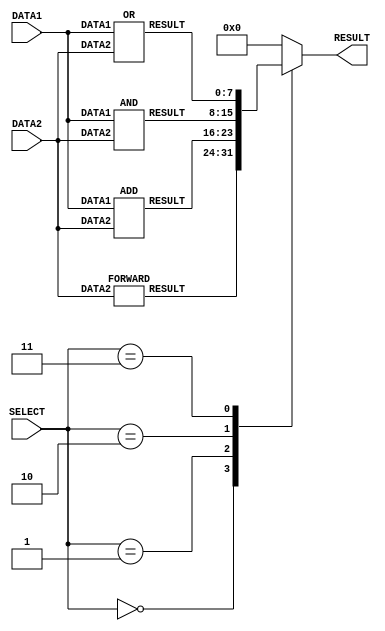
/*
    Lab05-Building A Simple Processor Part 1
    Group-26 (E/18/245,E/18/017)
*/

/***********ALU******************/
module alu(DATA1,DATA2,RESULT,SELECT);
    input [7:0] DATA1;//OPERAND1
    input [7:0] DATA2;//OPERAND2
    input [2:0] SELECT;//ALUOP
    output reg [7:0] RESULT;//ALURESULT
    wire [7:0] FORWARD_WIRE, ADD_WIRE, AND_WIRE, OR_WIRE;

    FORWARD forward1(DATA2,FORWARD_WIRE);
    ADD add1(DATA1,DATA2,ADD_WIRE);
    AND and1(DATA1,DATA2,AND_WIRE);
    OR or1(DATA1,DATA2,OR_WIRE);

    always@(FORWARD_WIRE, ADD_WIRE, AND_WIRE, OR_WIRE,SELECT)
    begin
        case(SELECT)
            3'b000:
                RESULT=FORWARD_WIRE;//FORWARD func
            3'b001:
                RESULT=ADD_WIRE;//ADD func
            3'b010:
                RESULT=AND_WIRE;//AND func
            3'b011:
                RESULT=OR_WIRE;//OR func
            default:
                RESULT=0;//Reserved
        endcase
    end
endmodule
module FORWARD(DATA2,RESULT);

    input [7:0] DATA2;
    output reg [7:0] RESULT;

    always@(DATA2)
    begin
    #1 RESULT=DATA2;
end

endmodule

module ADD(DATA1,DATA2,RESULT);

    input [7:0] DATA1,DATA2;
    output reg [7:0] RESULT;

    always@(DATA1,DATA2)
    begin
    #2 RESULT= DATA1 + DATA2;
end

endmodule

module AND(DATA1,DATA2,RESULT);

    input [7:0] DATA1,DATA2;
    output reg [7:0] RESULT;

    always@(DATA1,DATA2)
    begin
    #1 RESULT= DATA1 & DATA2;
end

endmodule

module OR(DATA1,DATA2,RESULT);

    input [7:0] DATA1,DATA2;
    output reg [7:0] RESULT;

    always@(DATA1,DATA2)
    begin
    #1 RESULT= DATA1 | DATA2;
end

endmodule
// module testbench;//testbench for alu
//     //alu inputs
//     reg [7:0] data1,data2;
//     reg [2:0] select;
//     //alu output
//     wire [7:0] out;

//     alu al(data1,data2,out,select);

//     integer i;

//     initial begin
//         $dumpfile("alu.vcd");
//         $dumpvars(0,testbench);

//         select=3'b000; 
//         data1=8'b00011010; //26
//         data2=8'b00010111; //23
                    
//         #10 select=3'b001; 
//         data1=8'b00010100; //20
//         data2=8'b00001111; //15
                    
//         #10 select=3'b010;
//         data1=8'b00110010; //50
//         data2=8'b00100101; //37
                    
//         #10 select=3'b011;
//         data1=8'b01100100; //100
//         data2=8'b11111010; //250
    

//     end

//     initial begin
//         $monitor("time=%3d data1=%d data2=%d select=%3b out=%d",$time,data1,data2,select,out);
//     end
// endmodule